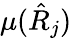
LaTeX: \mu(\hat{R}_{j})